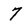
Character: 7